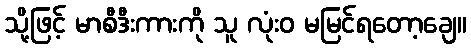
သို့ဖြင့် မာစီဒီးကားကို သူ လုံးဝ မမြင်ရတော့ချေ။